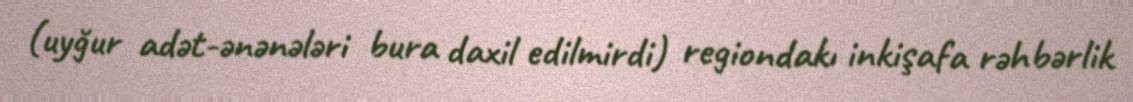
(uyğur adət-ənənələri bura daxil edilmirdi) regiondakı inkişafa rəhbərlik